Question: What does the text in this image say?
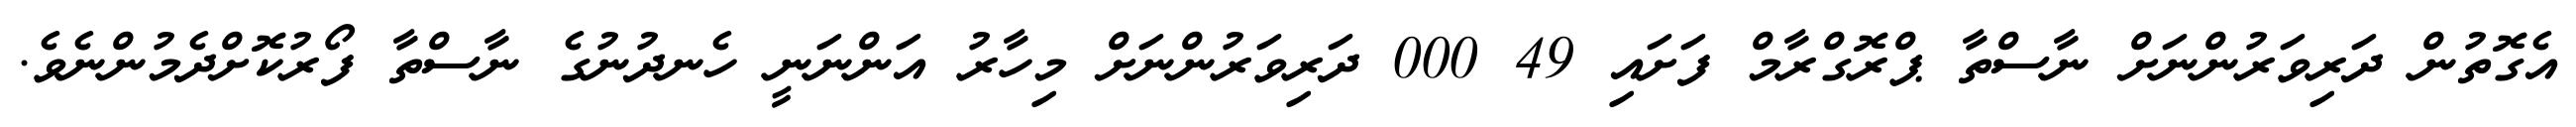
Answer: އެގޮތުން ދަރިވަރުންނަށް ނާސްތާ ޕްރޮގްރާމް ފަށައި 49 000 ދަރިވަރުންނަށް މިހާރު އަންނަނީ ހެނދުނުގެ ނާސްތާ ފޯރުކޮށްދެމުންނެވެ.